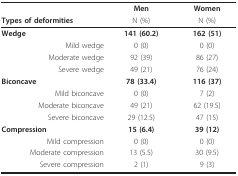
<table><thead><tr><td></td><td><b>Men</b></td><td><b>Women</b></td></tr><tr><td><b>Types of deformities</b></td><td><b>N (%)</b></td><td><b>N (%)</b></td></tr></thead><tbody><tr><td><b>Wedge</b></td><td><b>141 (60.2)</b></td><td><b>162 (51)</b></td></tr><tr><td>Mild wedge</td><td>0 (0)</td><td>0 (0)</td></tr><tr><td>Moderate wedge</td><td>92 (39)</td><td>86 (27)</td></tr><tr><td>Severe wedge</td><td>49 (21)</td><td>76 (24)</td></tr><tr><td><b>Biconcave</b></td><td><b>78 (33.4)</b></td><td><b>116 (37)</b></td></tr><tr><td>Mild biconcave</td><td>0 (0)</td><td>7 (2)</td></tr><tr><td>Moderate biconcave</td><td>49 (21)</td><td>62 (19.5)</td></tr><tr><td>Severe biconcave</td><td>29 (12.5)</td><td>47 (15)</td></tr><tr><td><b>Compression</b></td><td><b>15 (6.4)</b></td><td><b>39 (12)</b></td></tr><tr><td>Mild compression</td><td>0 (0)</td><td>0 (0)</td></tr><tr><td>Moderate compression</td><td>13 (5.5)</td><td>30 (9.5)</td></tr><tr><td>Severe compression</td><td>2 (1)</td><td>9 (3)</td></tr></tbody></table>